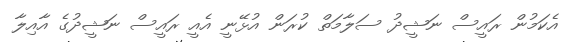
އެކަމުން ރައީސް ނަޝީދު ސަލާމަތް ކުރަން އުޅޭނީ އެއީ ރައީސް ނަޝީދުގެ އާއިލާ